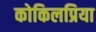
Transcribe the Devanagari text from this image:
कोकिलप्रिया